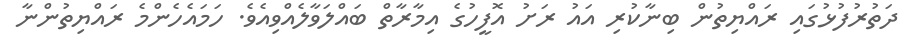
ދަތުރުފުޅުގައި ރައްޔިތުން ބިނާކުރި އައު ރަށު އޮފީހުގެ އިމާރާތް ބައްލަވާލެއްވިއެވެ. ހަމައެހެންމެ ރައްޔިތުންނާ